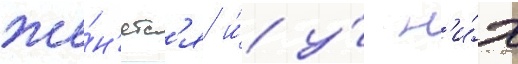
же́н'ятс'я и́ у́ н'и́х